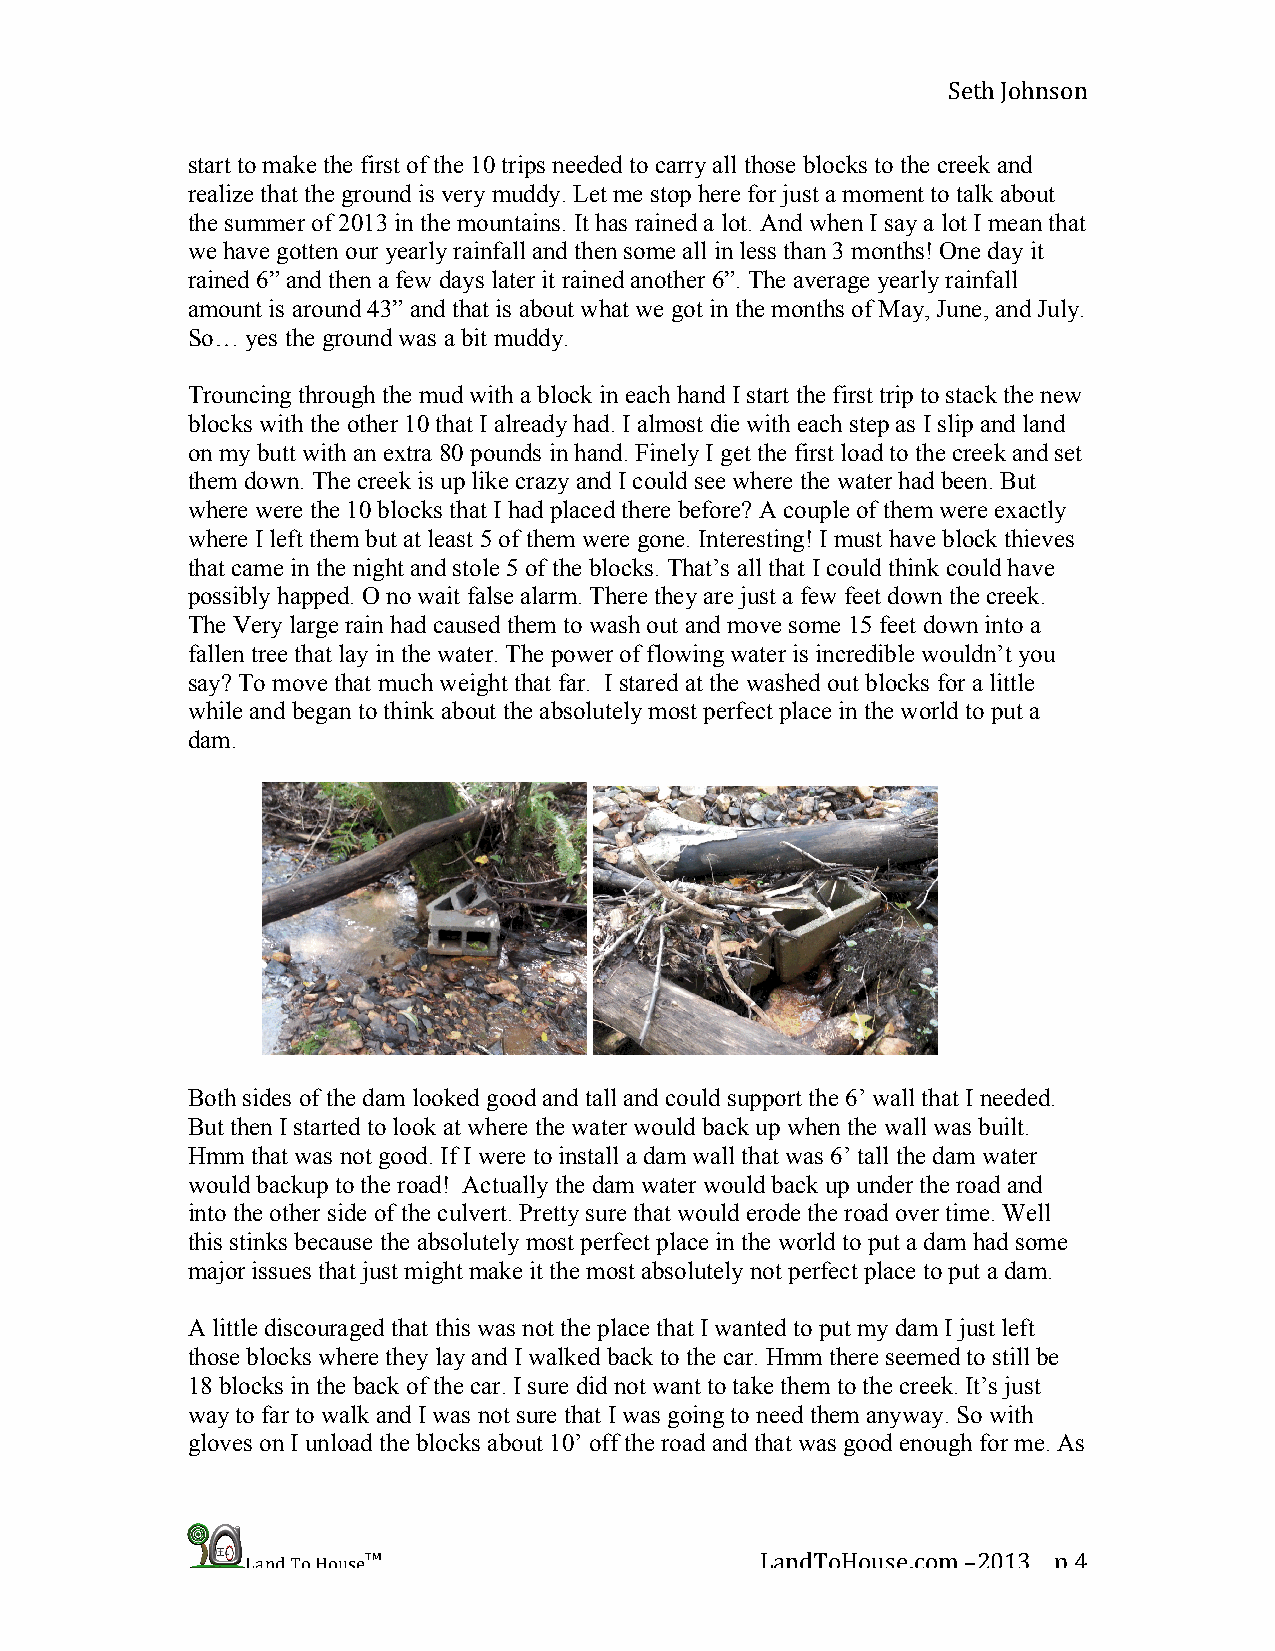
Seth Johnson
 start to make the first of the 10 trips needed to carry all those blocks to the creek and
 realize that the ground is very muddy. Let me stop here for just a moment to talk about
 the summer of 2013 in the mountains. It has rained a lot. And when I say a lot I mean that
 we have gotten our yearly rainfall and then some all in less than 3 months! One day it
 rained 6” and then a few days later it rained another 6”. The average yearly rainfall
 amount is around 43” and that is about what we got in the months of May, June, and July.
 So… yes the ground was a bit muddy.
 Trouncing through the mud with a block in each hand I start the first trip to stack the new
 blocks with the other 10 that I already had. I almost die with each step as I slip and land
 on my butt with an extra 80 pounds in hand. Finely I get the first load to the creek and set
 them down. The creek is up like crazy and I could see where the water had been. But
 where were the 10 blocks that I had placed there before? A couple of them were exactly
 where I left them but at least 5 of them were gone. Interesting! I must have block thieves
 that came in the night and stole 5 of the blocks. That’s all that I could think could have
 possibly happed. O no wait false alarm. There they are just a few feet down the creek.
 The Very large rain had caused them to wash out and move some 15 feet down into a
 fallen tree that lay in the water. The power of flowing water is incredible wouldn’t you
 say? To move that much weight that far. I stared at the washed out blocks for a little
 while and began to think about the absolutely most perfect place in the world to put a
 dam.
 Both sides of the dam looked good and tall and could support the 6’ wall that I needed.
 But then I started to look at where the water would back up when the wall was built.
 Hmm  that was not good. If I were to install a dam wall that was 6’ tall the dam water
 would backup to the road! Actually the dam water would back up under the road and
 into the other side of the culvert. Pretty sure that would erode the road over time. Well
 this stinks because the absolutely most perfect place in the world to put a dam had some
 major issues that just might make it the most absolutely not perfect place to put a dam.
 A little discouraged that this was not the place that I wanted to put my dam I just left
 those blocks where they lay and I walked back to the car. Hmm there seemed to still be
 18 blocks in the back of the car. I sure did not want to take them to the creek. It’s just
 way to far to walk and I was not sure that I was going to need them anyway. So with
 gloves on I unload the blocks about 10’ off the road and that was good enough for me. As
 Land To House™                    LandToHouse.com –2013 p 4